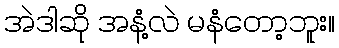
အဲဒါဆို အနံ့လဲ မနံတော့ဘူး။